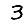
Digit: 3